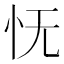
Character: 怃